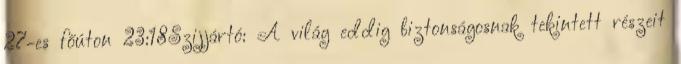
27-es főúton 23:18Szijjártó: A világ eddig biztonságosnak tekintett részeit